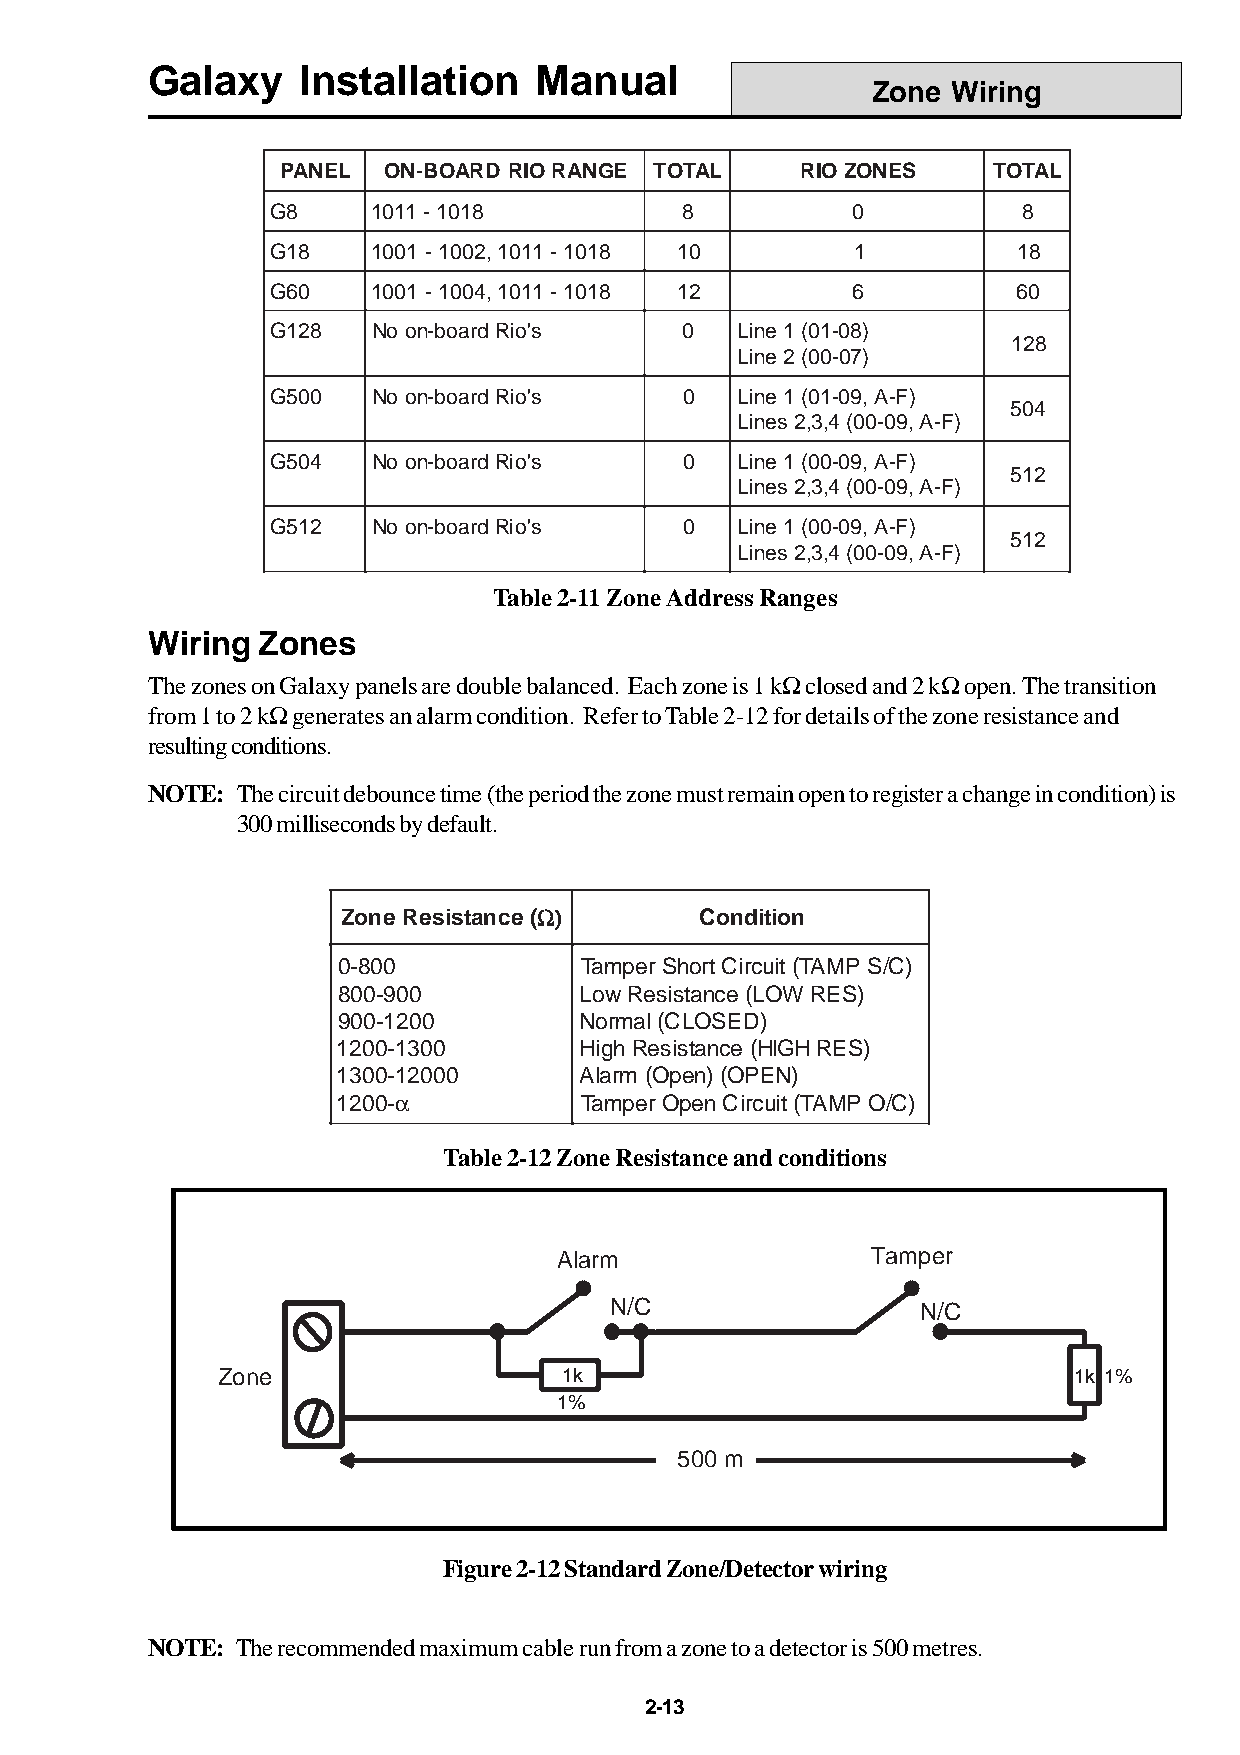
Galaxy    Installation   Manual
 Zone Wiring
 PANEL ON-BOARD RIORANGE TOTAL     RIOZONES     TOTAL
 G8     1011 -1018          8          0           8
 G18    1001 -1002,1011 -1018 10        1         18
 G60    1001 -1004,1011 -1018 12       6          60
 G128   No on-board Rio's   0   Line 1 (01-08)
 128
 Line 2 (00-07)
 G500   No on-board Rio's   0   Line 1 (01-09,A-F)
 504
 Lines 2,3,4 (00-09,A-F)
 G504   No on-board Rio's   0   Line 1 (00-09,A-F)
 512
 Lines 2,3,4 (00-09,A-F)
 G512   No on-board Rio's   0   Line 1 (00-09,A-F)
 512
 Lines 2,3,4 (00-09,A-F)
 Table 2-11 Zone Address Ranges
 Wiring Zones
 The zones on Galaxy panels are double balanced. Each zone is 1 kW closed and 2 kW open. The transition
 from 1 to 2 kW generates an alarm condition. Refer to Table 2-12 for details of the zone resistance and
 resulting conditions.
 NOTE: The circuit debounce time (the period the zone must remain open to register a change in condition) is
 300 milliseconds by default.
 Zone Resistance ()WWWW)W ))) Condition
 0-800           Tamper ShortCircuit(TAMP S/C)
 800-900         LowResistance (LOW RES)
 900-1200        Normal(CLOSED)
 1200-1300       HighResistance (HIGHRES)
 1300-12000      Alarm (Open) (OPEN)
 1200-a          Tamper OpenCircuit(TAMP O/C)
 Table 2-12 Zone Resistance and conditions
 Alarm                Tamper
 N/C                  N/C
 Zone                   1k                                1k 1%
 1%
 500 m
 Figure 2-12 Standard Zone/Detector wiring
 NOTE: The recommended maximum cable run from a zone to a detector is 500 metres.
 2-13